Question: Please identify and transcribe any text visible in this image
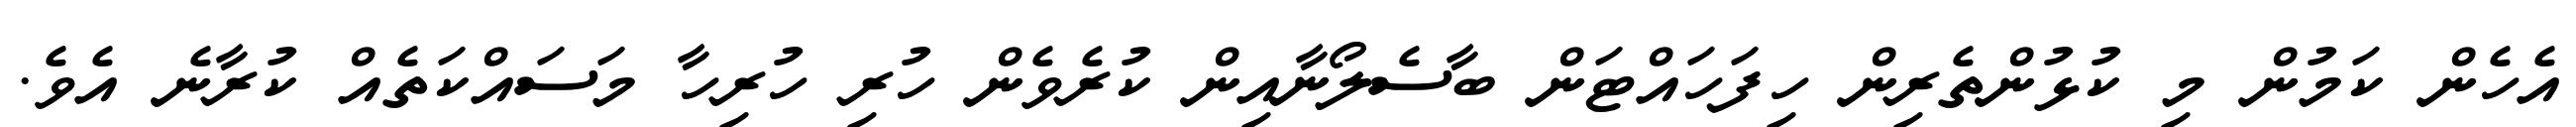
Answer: އެހެން ކަމުން މި ކުޅުންތެރިން ހިފަހައްޓަން ބާސެލޯނާއިން ކުރެވެން ހުރި ހުރިހާ މަސައްކަތެއް ކުރާނެ އެވެ.